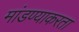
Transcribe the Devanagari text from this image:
मांडण्याकरता